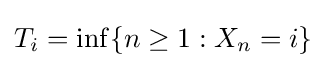
T_{i}=\inf\{n\geq 1:X_{n}=i\}